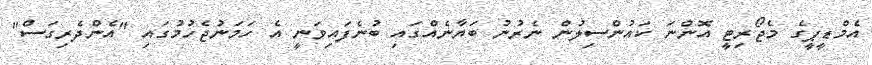
އެމްޑީޕީގެ މެޖޯރިޓީ އޮންނަ ކައުންސިލުން ނެރުނު ބަޔާނެއްގައި ބުނެފައިވަނީ އެ ހަމަނުޖެހުމުގައި "އެންދެރިގަސް"